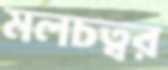
মলচত্বর